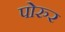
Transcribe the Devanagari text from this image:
पोरुर